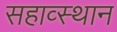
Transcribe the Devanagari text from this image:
सहाव्स्थान